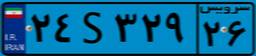
۲۴S۳۲۹۲۶